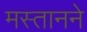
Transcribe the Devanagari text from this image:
मस्तानने